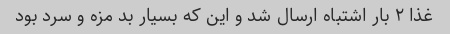
غذا ٢ بار اشتباه ارسال شد و این که بسیار بد مزه و سرد بود